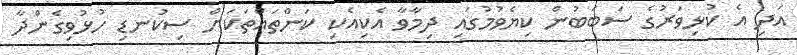
އަދި އެ ކުޅިވަރުގެ ސަބަބުން ކިޔެވުމުގައި ދިމާވާ އެކިއެކި ކަންތައްތަކަށް ސިކުނޑި ހުޅުވިގެންދާ